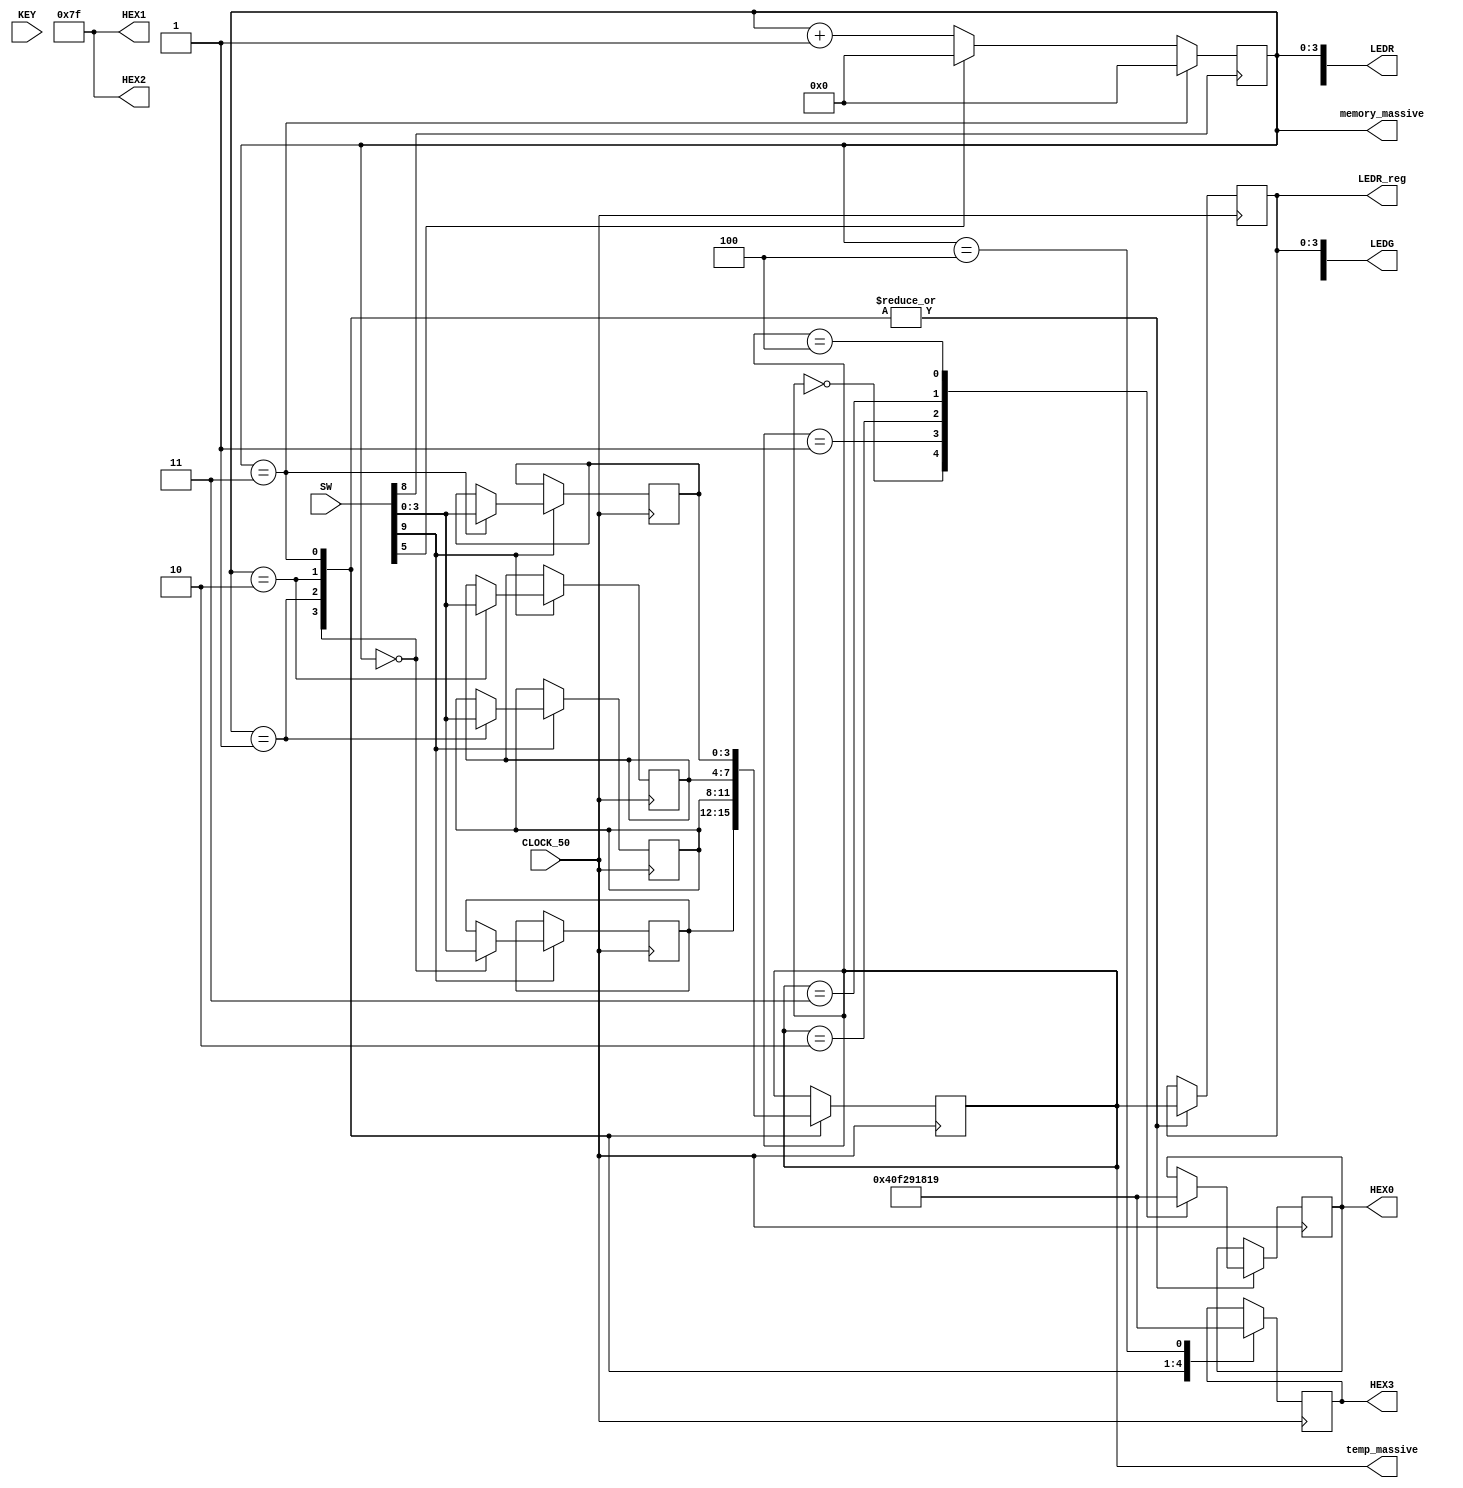
module main(
	input [9:0] SW,
	input CLOCK_50,
	input [3:0] KEY,
	output [9:0] LEDR,
	output [7:0] LEDG,
	output reg [3:0] LEDR_reg,
	output reg [3:0] memory_massive,//   
	output reg [3:0] temp_massive,
	output reg [6:0] HEX0,
	output reg [6:0] HEX1,
	output reg [6:0] HEX2,
	output reg [6:0] HEX3
);
reg [3:0] memory [0:3];
initial begin 
	HEX0 <= 7'b0000000;
	HEX1 <= 7'b1111111;
	HEX2 <= 7'b1111111;
	HEX3 <= 7'b0000000;
end
// SW[9] -    
// SW[8] -  
// SW[3:0] -  
// KEY[0] - 

always@(posedge SW[8]) begin
	if(memory_massive == 4'd3) begin
		memory_massive = 4'd0;
	end else if(SW[5]) begin 
		memory_massive = 4'd0;
	end else begin
		memory_massive = memory_massive + 4'd1;
	end
end

assign LEDR[3:0] = memory_massive;
assign LEDG[3:0] = LEDR_reg;
always @(posedge CLOCK_50) begin
	if(SW[9])
		case(memory_massive)
			4'd0: begin
						memory[0][3:0] = SW[3:0];
					end
			4'd1: begin
						memory[1][3:0] = SW[3:0];
					end
			4'd2: begin
						memory[2][3:0] = SW[3:0];
					end
			4'd3: begin
						memory[3][3:0] = SW[3:0];
					end
		endcase
end
	
always@(posedge CLOCK_50) begin
	case(memory_massive) 
			4'd0: HEX3 <= 7'b1000000; // 0
			4'd1: HEX3 <= 7'b1111001; // 1
			4'd2: HEX3 <= 7'b0100100; // 2
			4'd3: HEX3 <= 7'b0110000; // 3
			4'd4: HEX3 <= 7'b0011001; // 4
	endcase
end
always@(posedge CLOCK_50) begin
	case(memory_massive) 
		4'd0: begin
		temp_massive <= memory[0];
		LEDR_reg[3:0] <= temp_massive[3:0];
		case(temp_massive)
			4'd0: HEX0 <= 7'b1000000; // 0
			4'd1: HEX0 <= 7'b1111001; // 1
			4'd2: HEX0 <= 7'b0100100; // 2
			4'd3: HEX0 <= 7'b0110000; // 3
			4'd4: HEX0 <= 7'b0011001; // 4
		endcase
		end
		4'd1: begin
		temp_massive <= memory[1];
		LEDR_reg[3:0] <= temp_massive[3:0];
		case(temp_massive)
			4'd0: HEX0 <= 7'b1000000; // 0
			4'd1: HEX0 <= 7'b1111001; // 1
			4'd2: HEX0 <= 7'b0100100; // 2
			4'd3: HEX0 <= 7'b0110000; // 3
			4'd4: HEX0 <= 7'b0011001; // 4
		endcase
		end
		4'd2: begin
		temp_massive <= memory[2];
		LEDR_reg[3:0] <= temp_massive[3:0];
		case(temp_massive)
			4'd0: HEX0 <= 7'b1000000; // 0
			4'd1: HEX0 <= 7'b1111001; // 1
			4'd2: HEX0 <= 7'b0100100; // 2
			4'd3: HEX0 <= 7'b0110000; // 3
			4'd4: HEX0 <= 7'b0011001; // 4
		endcase
		end
		4'd3: begin
		temp_massive <= memory[3];
		LEDR_reg[3:0] <= temp_massive[3:0];
		case(temp_massive)
			4'd0: HEX0 <= 7'b1000000; // 0
			4'd1: HEX0 <= 7'b1111001; // 1
			4'd2: HEX0 <= 7'b0100100; // 2
			4'd3: HEX0 <= 7'b0110000; // 3
			4'd4: HEX0 <= 7'b0011001; // 4
		endcase
		end
	endcase
end



endmodule


/*
	7'b0000000: HEX0 <= 7'b1000000; // 0
		7'b0000001: HEX0 <= 7'b1111001; // 1
		7'b0000010: HEX0 <= 7'b0100100; // 2
		7'b0000011: HEX0 <= 7'b0110000; // 3
		7'b0000100: HEX0 <= 7'b0011001; // 4
		7'b0000101: HEX0 <= 7'b0010010; // 5
		7'b0000110: HEX0 <= 7'b0000010; // 6
		7'b0000111: HEX0 <= 7'b1111000; // 7
		7'b0001000: HEX0 <= 7'b0000000; // 8
		7'b0001001: HEX0 <= 7'b0010000; // 9
*/